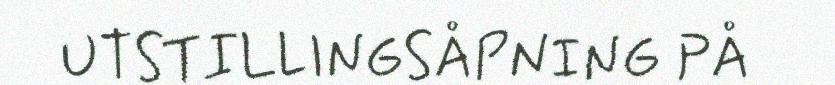
UTSTILLINGSÅPNING PÅ